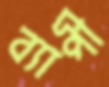
ব্যাপী